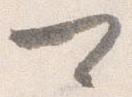
可